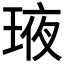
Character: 𤥿